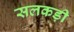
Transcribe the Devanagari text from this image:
सलकड़ी